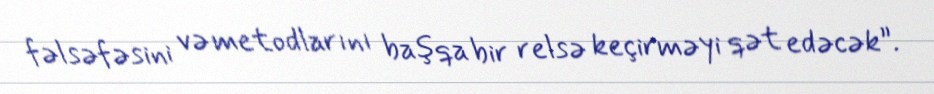
fəlsəfəsini və metodlarını başqa bir relsə keçirməyi qət edəcək”.